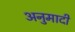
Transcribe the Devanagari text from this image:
अनुमादी